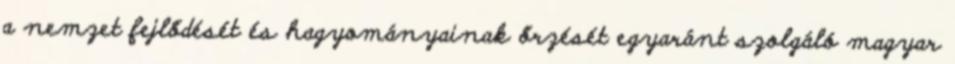
a nemzet fejlődését és hagyományainak őrzését egyaránt szolgáló magyar